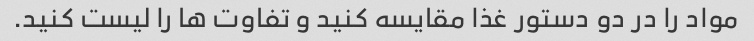
مواد را در دو دستور غذا مقایسه کنید و تفاوت ها را لیست کنید.